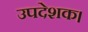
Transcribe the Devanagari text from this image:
उपदेशक।